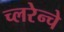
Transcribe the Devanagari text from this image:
च्लरेन्चे